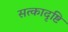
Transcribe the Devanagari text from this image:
सत्कादृष्टि